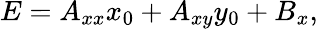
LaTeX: E=A_{xx}x_{0}+A_{xy}y_{0}+B_{x},